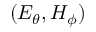
( E _ { \theta } , H _ { \phi } )